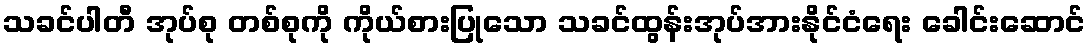
သခင်ပါတီ အုပ်စု တစ်စုကို ကိုယ်စားပြုသော သခင်ထွန်းအုပ်အားနိုင်ငံရေး ခေါင်းဆောင်